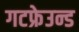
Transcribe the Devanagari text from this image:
गटफ्रेउन्ड